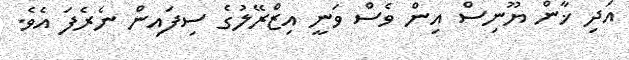
އަދި ޚާން ޔޫނިސް އިން ވެސް ވަނީ އިޒްރޭލުގެ ސިފައިން ނެރެފަ އެވެ.